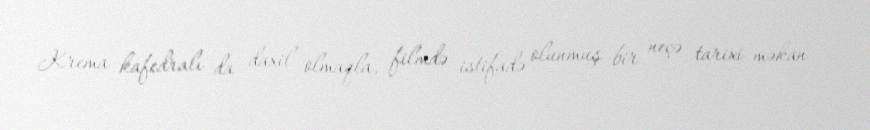
Krema kafedralı da daxil olmaqla, filmdə istifadə olunmuş bir neçə tarixi məkan